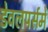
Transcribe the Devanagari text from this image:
डेवलपर्समें